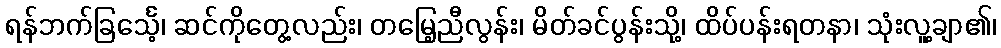
ရန်ဘက်ခြင်္သေ့၊ ဆင်ကိုတွေ့လည်း၊ တမြေ့ညီလွန်း၊ မိတ်ခင်ပွန်းသို့၊ ထိပ်ပန်းရတနာ၊ သုံးလူ့ချာ၏၊